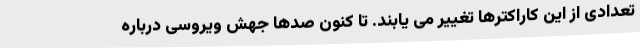
تعدادی از این کاراکترها تغییر می یابند. تا کنون صدها جهش ویروسی درباره